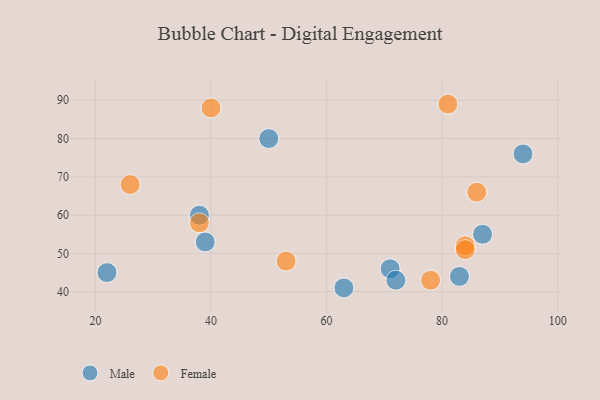
{"axis": {"x": "GDP", "y": "Life Expectancy"}, "legend": ["Female", "Male"], "data": [{"x": "22", "y": 45, "type": "Male"}, {"x": "63", "y": 41, "type": "Male"}, {"x": "39", "y": 53, "type": "Male"}, {"x": "94", "y": 76, "type": "Male"}, {"x": "50", "y": 80, "type": "Male"}, {"x": "87", "y": 55, "type": "Male"}, {"x": "71", "y": 46, "type": "Male"}, {"x": "38", "y": 60, "type": "Male"}, {"x": "83", "y": 44, "type": "Male"}, {"x": "72", "y": 43, "type": "Male"}, {"x": "53", "y": 48, "type": "Female"}, {"x": "26", "y": 68, "type": "Female"}, {"x": "81", "y": 89, "type": "Female"}, {"x": "84", "y": 52, "type": "Female"}, {"x": "40", "y": 88, "type": "Female"}, {"x": "84", "y": 51, "type": "Female"}, {"x": "86", "y": 66, "type": "Female"}, {"x": "38", "y": 58, "type": "Female"}, {"x": "78", "y": 43, "type": "Female"}]}